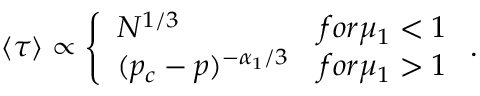
\left\langle \tau \right\rangle \propto \left\{ \begin{array} { l l } { N ^ { 1 / 3 } } & { f o r \mu _ { 1 } < 1 } \\ { ( p _ { c } - p ) ^ { - \alpha _ { 1 } / 3 } } & { f o r \mu _ { 1 } > 1 } \end{array} \right. .